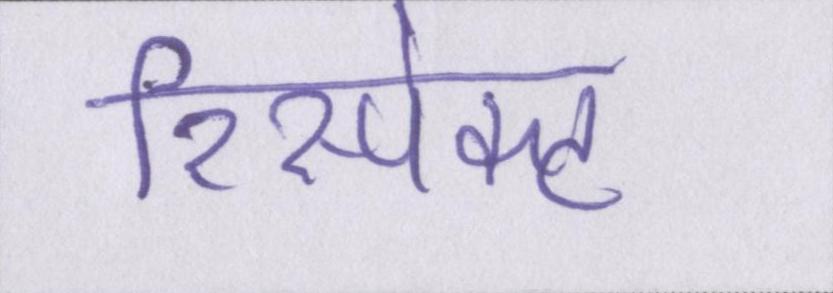
रिस्पेक्ट